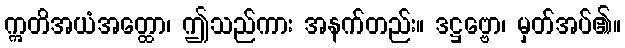
ဣတိအယံအတ္ထော၊ ဤသည်ကား အနက်တည်း။ ဒဋ္ဌဗ္ဗော၊ မှတ်အပ်၏။